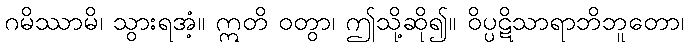
ဂမိဿာမိ၊ သွားရအံ့။ ဣတိ ဝတွာ၊ ဤသို့ဆို၍။ ဝိပ္ပဋိသာရာဘိဘူတော၊